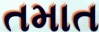
તમાત